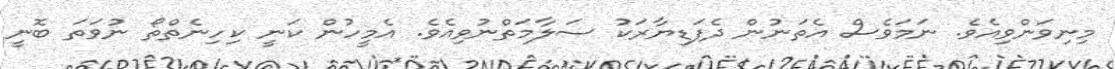
މިނިވަންވިއެވެ. ނަމަވެސް އެތަނުން ދެފަޑިޔާރަކު ސަލާމަތްނުވިއެވެ. އެމީހުން ކަނީ ކިހިނެތްތޯ ނުވަތަ ބޮނީ